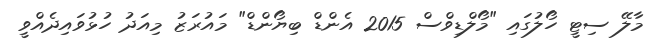
މާލޭ ސިޓީ ހޯލުގައި "މޯލްޑިވްސް 2015 އެންޑް ބިޔޯންޑް" މައުރަޒު މިއަދު ހުޅުވައިދެއްވީ